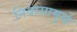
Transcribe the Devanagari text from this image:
निवासामुळे